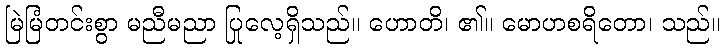
မြဲမြံတင်းစွာ မညီမညာ ပြုလေ့ရှိသည်။ ဟောတိ၊ ၏။ မောဟစရိတော၊ သည်။